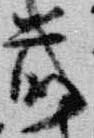
前